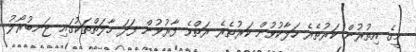
މީގެ އިތުރުން ކަރުތެރެ ހަލާކުވުން ކަރުތެރެ ރަތްވެ ފާރުވުން ފަދަ ހާލަތްތަކުގައި ޖަނބުރޯލު